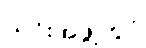
ယင်းအဖွဲ့တွင်